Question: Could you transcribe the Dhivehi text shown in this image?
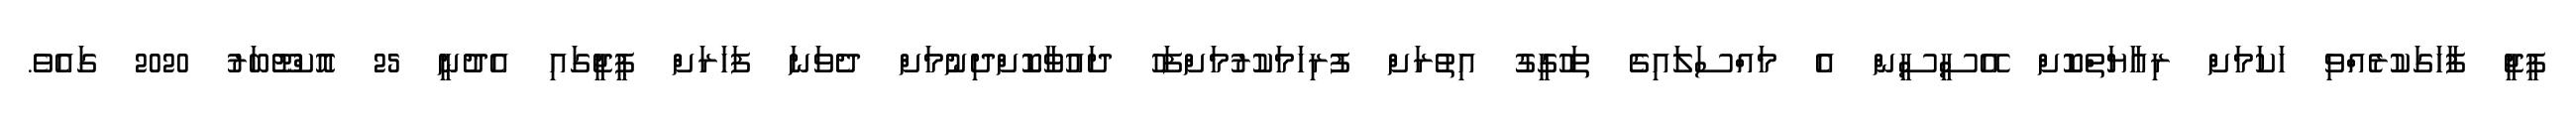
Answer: ޕީޖީ ފާހަގަކުރެއްވި ހަކަމަށް ރިއާޔަތްކޮށް އޭސީސީން އެ މައްސަލައިގެ ތަހުގީގު އިތުރަށް ފުރިހަމަކުރުމަށްފަހު ދައުވާކޮށްދިނުމަށް ދެވަނަ ފަހަރަށް ޕީޖީގައި އެދުނީ 25 އޮކްޓޫބަރު 2020 ގައެވެ.